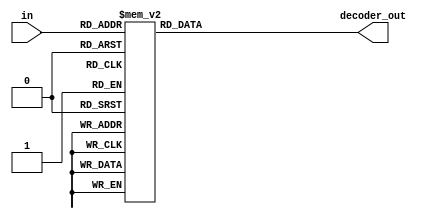
module decoder5to32(input [4:0] in,output reg [31:0] decoder_out);
  always @ (in)
    case (in)
      5'h00 : decoder_out = 32'h00000001;
      5'h01 : decoder_out = 32'h00000002;
      5'h02 : decoder_out = 32'h00000004;
      5'h03 : decoder_out = 32'h00000008;
      5'h04 : decoder_out = 32'h00000010;
      5'h05 : decoder_out = 32'h00000020;
      5'h06 : decoder_out = 32'h00000040;
      5'h07 : decoder_out = 32'h00000080;
      5'h08 : decoder_out = 32'h00000100;
      5'h09 : decoder_out = 32'h00000200;
      5'h0A : decoder_out = 32'h00000400;
      5'h0B : decoder_out = 32'h00000800;
      5'h0C : decoder_out = 32'h00001000;
      5'h0D : decoder_out = 32'h00002000;
      5'h0E : decoder_out = 32'h00004000;
      5'h0F : decoder_out = 32'h00008000;
      5'h10 : decoder_out = 32'h00010000;
      5'h11 : decoder_out = 32'h00020000;
      5'h12 : decoder_out = 32'h00040000;
      5'h13 : decoder_out = 32'h00080000;
      5'h14 : decoder_out = 32'h00100000;
      5'h15 : decoder_out = 32'h00200000;
      5'h16 : decoder_out = 32'h00400000;
      5'h17 : decoder_out = 32'h00800000;
      5'h18 : decoder_out = 32'h01000000;
      5'h19 : decoder_out = 32'h02000000;
      5'h1A : decoder_out = 32'h04000000;
      5'h1B : decoder_out = 32'h08000000;
      5'h1C : decoder_out = 32'h10000000;
      5'h1D : decoder_out = 32'h20000000;
      5'h1E : decoder_out = 32'h40000000;
      5'h1F : decoder_out = 32'h80000000;
    endcase
endmodule